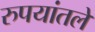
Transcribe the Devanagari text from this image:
रुपयांतले